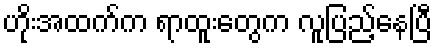
ဟိုးအထက်က ရာထူးတွေက လူပြည့်နေပြီ